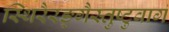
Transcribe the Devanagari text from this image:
स्थिरैरङ्गैस्तुष्टुवागं